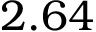
2 . 6 4